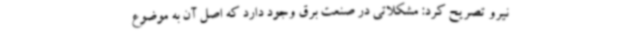
نیرو تصریح کرد: مشکلاتی در صنعت برق وجود دارد که اصل آن به موضوع